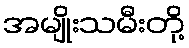
အမျိုးသမီးတို့